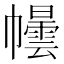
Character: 𪩿